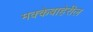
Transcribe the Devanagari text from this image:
मक्केबाहेरील